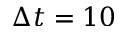
\Delta t = 1 0